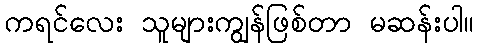
ကရင်လေး သူများကျွန်ဖြစ်တာ မဆန်းပါ။